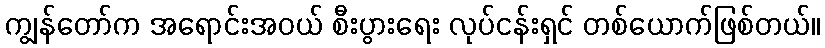
ကျွန်တော်က အရောင်းအဝယ် စီးပွားရေး လုပ်ငန်းရှင် တစ်ယောက်ဖြစ်တယ်။